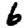
Digit: 6